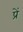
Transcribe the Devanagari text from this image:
प्रें